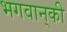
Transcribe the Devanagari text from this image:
भगवान्‌की